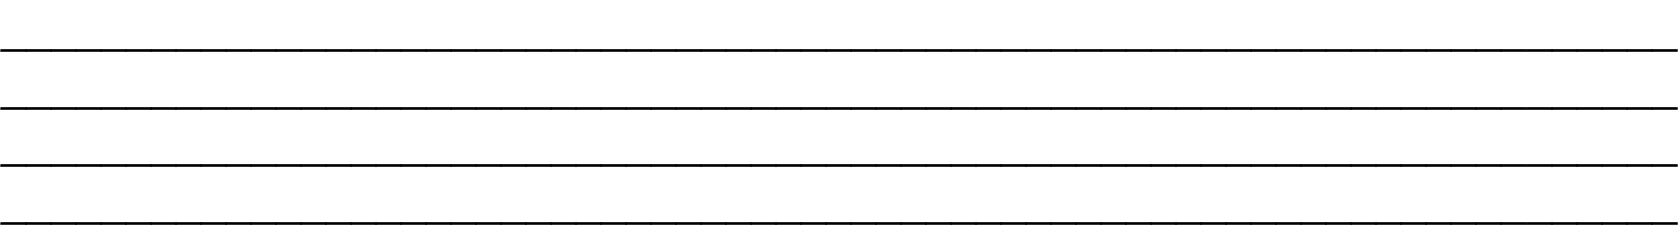
___________________________________________________________________ ___________________________________________________________________ ___________________________________________________________________ ___________________________________________________________________